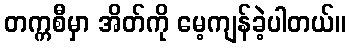
တက္ကစီမှာ အိတ်ကို မေ့ကျန်ခဲ့ပါတယ်။